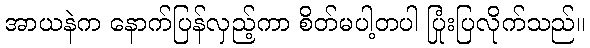
အာယနဲက နောက်ပြန်လှည့်ကာ စိတ်မပါ့တပါ ပြုံးပြလိုက်သည်။